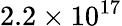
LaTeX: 2.2\times{{10}^{17}}